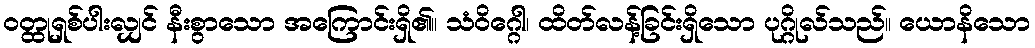
ဝတ္ထုရှစ်ပါးလျှင် နီးစွာသော အကြောင်းရှိ၏။ သံဝိဂ္ဂေါ၊ ထိတ်လန့်ခြင်းရှိသော ပုဂ္ဂိုလ်သည်။ ယောနိသော